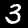
Label: 3